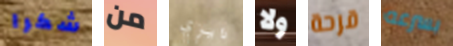
شكرا من دايزي ولا قرحة بسرعه